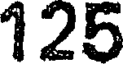
125